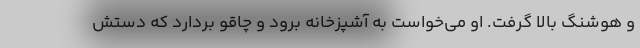
و هوشنگ بالا گرفت. او می‌خواست به آشپزخانه برود و چاقو بردارد که دستش